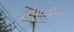
સપાટીના